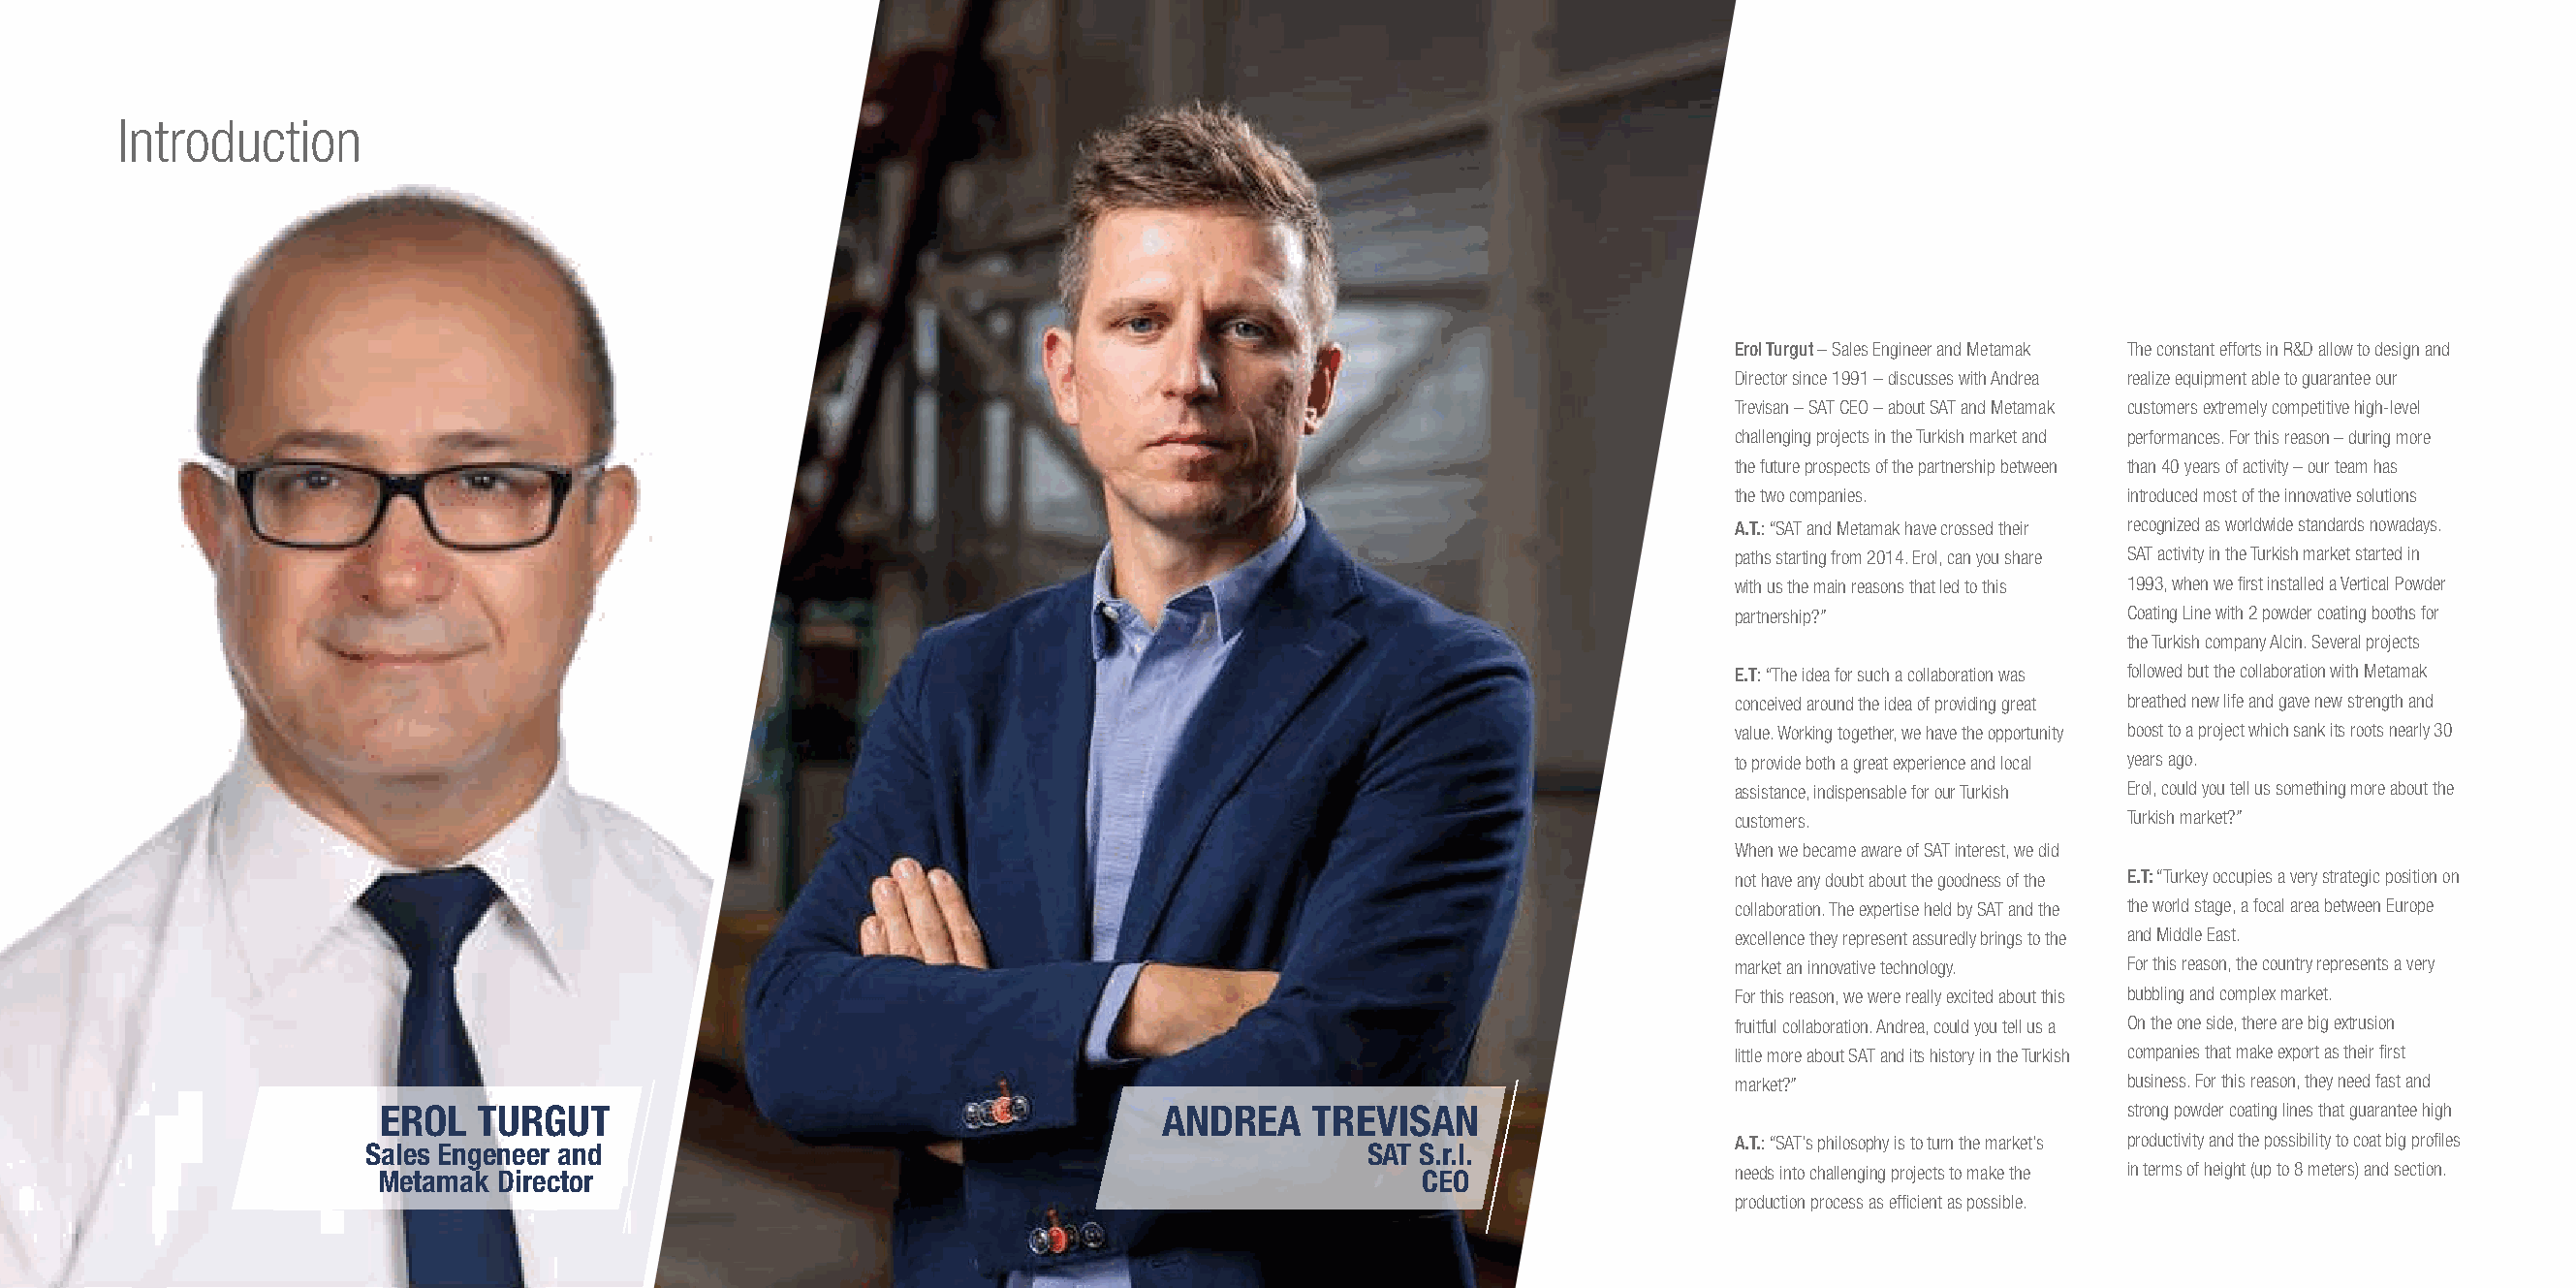
Introduction
 Erol Turgut – Sales Engineer and Metamak The constant efforts in R&D allow to design and
 Director since 1991 – discusses with Andrea realize equipment able to guarantee our
 Trevisan – SAT CEO – about SAT and Metamak customers extremely competitive high-level
 challenging projects in the Turkish market and performances. For this reason – during more
 the future prospects of the partnership between than 40 years of activity – our team has
 the two companies.         introduced most of the innovative solutions
 A.T.: “SAT and Metamak have crossed their recognized as worldwide standards nowadays.
 paths starting from 2014. Erol, can you share SAT activity in the Turkish market started in
 with us the main reasons that led to this 1993, when we first installed a Vertical Powder
 partnership?”              Coating Line with 2 powder coating booths for
 the Turkish company Alcin. Several projects
 E.T: “The idea for such a collaboration was followed but the collaboration with Metamak
 conceived around the idea of providing great breathed new life and gave new strength and
 value. Working together, we have the opportunity boost to a project which sank its roots nearly 30
 to provide both a great experience and local years ago.
 assistance, indispensable for our Turkish Erol, could you tell us something more about the
 customers.                 Turkish market?”
 When we became aware of SAT interest, we did
 not have any doubt about the goodness of the E.T: “Turkey occupies a very strategic position on
 collaboration. The expertise held by SAT and the the world stage, a focal area between Europe
 excellence they represent assuredly brings to the and Middle East.
 market an innovative technology. For this reason, the country represents a very
 For this reason, we were really excited about this bubbling and complex market.
 fruitful collaboration. Andrea, could you tell us a On the one side, there are big extrusion
 little more about SAT and its history in the Turkish companies that make export as their first
 market?”                   business. For this reason, they need fast and
 EROL   TURGUT                                        ANDREA     TREVISAN                                               strong powder coating lines that guarantee high
 A.T.: “SAT’s philosophy is to turn the market’s productivity and the possibility to coat big profiles
 Sales Engeneer and                                                  SAT S.r.l.
 Metamak Director                                                       CEO                  needs into challenging projects to make the in terms of height (up to 8 meters) and section.
 production process as efficient as possible.